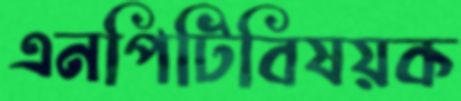
এনপিটিবিষয়ক